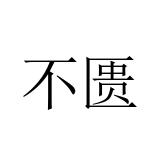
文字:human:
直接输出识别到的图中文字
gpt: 不匮